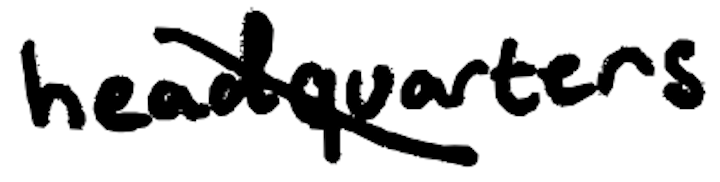
Text: headquarters
Cross-out: diagonal
Writing tool: digital_black